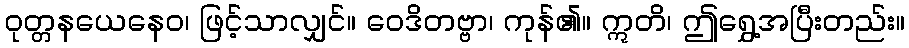
ဝုတ္တနယေနေဝ၊ ဖြင့်သာလျှင်။ ဝေဒိတဗ္ဗာ၊ ကုန်၏။ ဣတိ၊ ဤရွှေ့အပြီးတည်း။